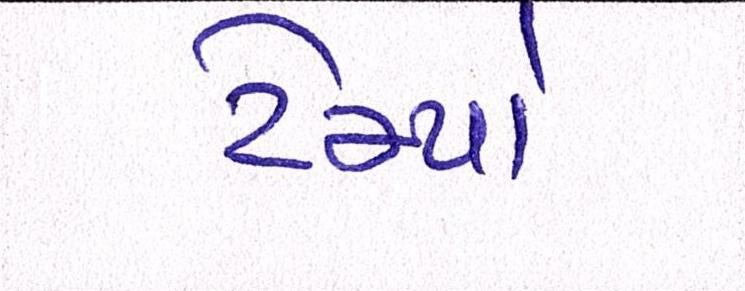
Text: ટેમ્પો